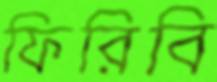
ফিরিবি